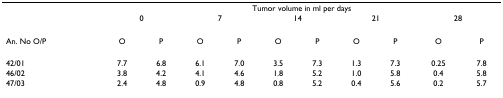
<table><thead><tr><td></td><td colspan="10"><b>Tumor volume in ml per days</b></td></tr><tr><td></td><td colspan="2"><b>0</b></td><td colspan="2"><b>7</b></td><td colspan="2"><b>14</b></td><td colspan="2"><b>21</b></td><td colspan="2"><b>28</b></td></tr><tr><td><b>An. No O/P</b></td><td><b>O</b></td><td><b>P</b></td><td><b>O</b></td><td><b>P</b></td><td><b>O</b></td><td><b>P</b></td><td><b>O</b></td><td><b>P</b></td><td><b>O</b></td><td><b>P</b></td></tr></thead><tbody><tr><td>42/01</td><td>7.7</td><td>6.8</td><td>6.1</td><td>7.0</td><td>3.5</td><td>7.3</td><td>1.3</td><td>7.3</td><td>0.25</td><td>7.8</td></tr><tr><td>46/02</td><td>3.8</td><td>4.2</td><td>4.1</td><td>4.6</td><td>1.8</td><td>5.2</td><td>1.0</td><td>5.8</td><td>0.4</td><td>5.8</td></tr><tr><td>47/03</td><td>2.4</td><td>4.8</td><td>0.9</td><td>4.8</td><td>0.8</td><td>5.2</td><td>0.4</td><td>5.6</td><td>0.2</td><td>5.7</td></tr></tbody></table>